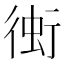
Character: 𧊔